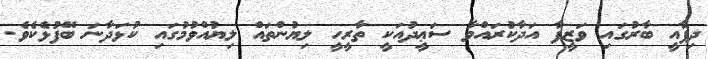
ދިފާއީ ބާރުގައި ވަޒީފާ އަދާކުރައްވާ ސަޢީދުއަކީ ތާރީހީ ލިޔުންތައް ލިޔުއްވުމުގައި ކުޅަދާނަ ބޭފުޅެކެވެ.